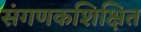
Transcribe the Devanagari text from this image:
संगणकशिक्षित